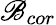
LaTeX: \mathscr{B}_{cor}